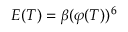
E ( T ) = \beta ( \varphi ( T ) ) ^ { 6 }